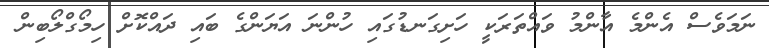
ނަމަވެސް އެންމެ އާންމު ވައްތަރަކީ ހަށިގަނޑުގައި ހުންނަ އަޔަންގެ ބައި ދައްކޮށް ހިމޯގްލޯބިން